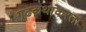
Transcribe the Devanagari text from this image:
गूढकथांकरता